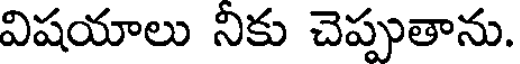
విషయాలు నికు చెప్పుతాను.